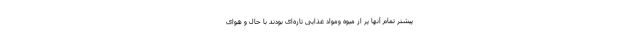
پیشتر تمام آنها پر از میوه ومواد غذایی تازه‌ای بودند با حال و هوای